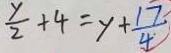
\frac { y } { 2 } + 4 = y + \frac { 1 7 } { 4 }